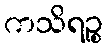
ကသိရဉ္စ